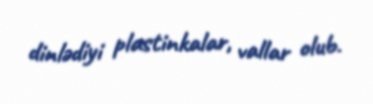
dinlədiyi plastinkalar, vallar olub.